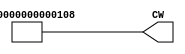
// Copyright (C) 1991-2013 Altera Corporation
// Your use of Altera Corporation's design tools, logic functions 
// and other software and tools, and its AMPP partner logic 
// functions, and any output files from any of the foregoing 
// (including device programming or simulation files), and any 
// associated documentation or information are expressly subject 
// to the terms and conditions of the Altera Program License 
// Subscription Agreement, Altera MegaCore Function License 
// Agreement, or other applicable license agreement, including, 
// without limitation, that your use is for the sole purpose of 
// programming logic devices manufactured by Altera and sold by 
// Altera or its authorized distributors.  Please refer to the 
// applicable agreement for further details.

// PROGRAM		"Quartus II 64-Bit"
// VERSION		"Version 13.0.1 Build 232 06/12/2013 Service Pack 1 SJ Web Edition"
// CREATED		"Sat Mar 25 22:07:02 2017"

module InstructionFetch(
	CW
);


output wire	[55:0] CW;

wire	[55:0] CW_ALTERA_SYNTHESIZED;






assign	CW = CW_ALTERA_SYNTHESIZED;
assign	CW_ALTERA_SYNTHESIZED[53] = 0;
assign	CW_ALTERA_SYNTHESIZED[52] = 0;
assign	CW_ALTERA_SYNTHESIZED[51] = 0;
assign	CW_ALTERA_SYNTHESIZED[50] = 0;
assign	CW_ALTERA_SYNTHESIZED[49] = 0;
assign	CW_ALTERA_SYNTHESIZED[48] = 0;
assign	CW_ALTERA_SYNTHESIZED[47] = 0;
assign	CW_ALTERA_SYNTHESIZED[46] = 0;
assign	CW_ALTERA_SYNTHESIZED[45] = 0;
assign	CW_ALTERA_SYNTHESIZED[44] = 0;
assign	CW_ALTERA_SYNTHESIZED[43] = 0;
assign	CW_ALTERA_SYNTHESIZED[42] = 0;
assign	CW_ALTERA_SYNTHESIZED[41] = 0;
assign	CW_ALTERA_SYNTHESIZED[40] = 0;
assign	CW_ALTERA_SYNTHESIZED[39] = 0;
assign	CW_ALTERA_SYNTHESIZED[38] = 0;
assign	CW_ALTERA_SYNTHESIZED[37] = 0;
assign	CW_ALTERA_SYNTHESIZED[36] = 0;
assign	CW_ALTERA_SYNTHESIZED[35] = 0;
assign	CW_ALTERA_SYNTHESIZED[34] = 0;
assign	CW_ALTERA_SYNTHESIZED[33] = 0;
assign	CW_ALTERA_SYNTHESIZED[32] = 0;
assign	CW_ALTERA_SYNTHESIZED[31] = 0;
assign	CW_ALTERA_SYNTHESIZED[30] = 0;
assign	CW_ALTERA_SYNTHESIZED[29] = 0;
assign	CW_ALTERA_SYNTHESIZED[28] = 0;
assign	CW_ALTERA_SYNTHESIZED[27] = 0;
assign	CW_ALTERA_SYNTHESIZED[26] = 0;
assign	CW_ALTERA_SYNTHESIZED[25] = 0;
assign	CW_ALTERA_SYNTHESIZED[24] = 0;
assign	CW_ALTERA_SYNTHESIZED[23] = 0;
assign	CW_ALTERA_SYNTHESIZED[22] = 0;
assign	CW_ALTERA_SYNTHESIZED[21] = 0;
assign	CW_ALTERA_SYNTHESIZED[20] = 0;
assign	CW_ALTERA_SYNTHESIZED[19] = 0;
assign	CW_ALTERA_SYNTHESIZED[18] = 0;
assign	CW_ALTERA_SYNTHESIZED[17] = 0;
assign	CW_ALTERA_SYNTHESIZED[16] = 0;
assign	CW_ALTERA_SYNTHESIZED[15] = 0;
assign	CW_ALTERA_SYNTHESIZED[14] = 0;
assign	CW_ALTERA_SYNTHESIZED[13] = 0;
assign	CW_ALTERA_SYNTHESIZED[12] = 0;
assign	CW_ALTERA_SYNTHESIZED[11] = 0;
assign	CW_ALTERA_SYNTHESIZED[10] = 0;
assign	CW_ALTERA_SYNTHESIZED[9] = 0;
assign	CW_ALTERA_SYNTHESIZED[7] = 0;
assign	CW_ALTERA_SYNTHESIZED[6] = 0;
assign	CW_ALTERA_SYNTHESIZED[5] = 0;
assign	CW_ALTERA_SYNTHESIZED[4] = 0;
assign	CW_ALTERA_SYNTHESIZED[2] = 0;
assign	CW_ALTERA_SYNTHESIZED[0] = 0;
assign	CW_ALTERA_SYNTHESIZED[55] = 0;
assign	CW_ALTERA_SYNTHESIZED[3] = 1;
assign	CW_ALTERA_SYNTHESIZED[54] = 1;
assign	CW_ALTERA_SYNTHESIZED[1] = 1;
assign	CW_ALTERA_SYNTHESIZED[8] = 1;

endmodule